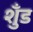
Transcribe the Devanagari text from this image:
शुँड